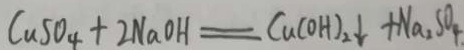
C u S O _ { 4 } + 2 N a O H = C u ( O H ) _ { 2 } \downarrow + N a _ { 2 } S O _ { 4 } .